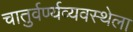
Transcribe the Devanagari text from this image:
चातुर्वर्ण्यव्यवस्थेला